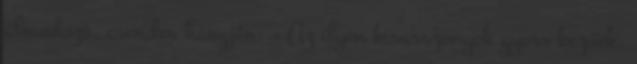
álmodozó, csendes hangján: - Az ilyen kisasszonyok gyors kezűek.